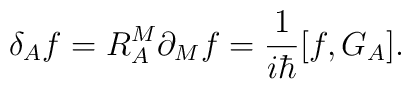
\delta_{A} f=R^{M}_{A}\partial_{M} f=\frac{1}{i\hbar}[f, G_{A}].